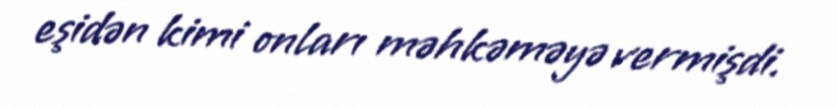
eşidən kimi onları məhkəməyə vermişdi.